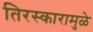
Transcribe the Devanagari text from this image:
तिरस्कारामुळे